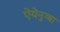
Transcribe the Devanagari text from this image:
ऐयेनुग्बा